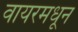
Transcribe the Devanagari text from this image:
वायरमधून